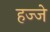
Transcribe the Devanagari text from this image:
हज्जे